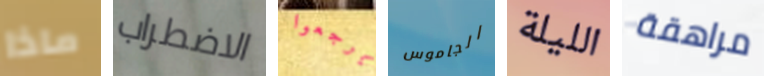
ماذا الاضطراب يرجعوا الجاموس الليلة مراهقة